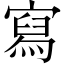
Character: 寫